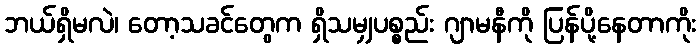
ဘယ်ရှိမလဲ၊ တော့သခင်တွေက ရှိသမျှပစ္စည်း ဂျာမနီကို ပြန်ပို့နေတာကိုး